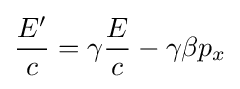
{\frac {E'}{c}}=\gamma {\frac {E}{c}}-\gamma \beta p_{x}